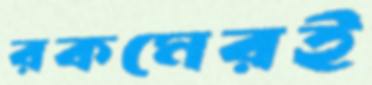
রকমেরই